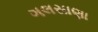
ગલસાણા